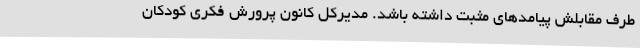
طرف مقابلش پیامدهای مثبت داشته باشد. مدیرکل کانون پرورش فکری کودکان